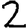
Digit: 2